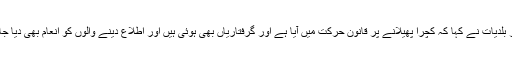
وزیر بلدیات نے کہا کہ کچرا پھیلانے پر قانون حرکت میں آیا ہے اور گرفتاریاں بھی ہوئی ہیں اور اطلاع دینے والوں کو انعام بھی دیا جائیگا۔